Civil Veterinary Department Bihar & Orissa reports 1929-36 - 1929-1936
Year: 1929
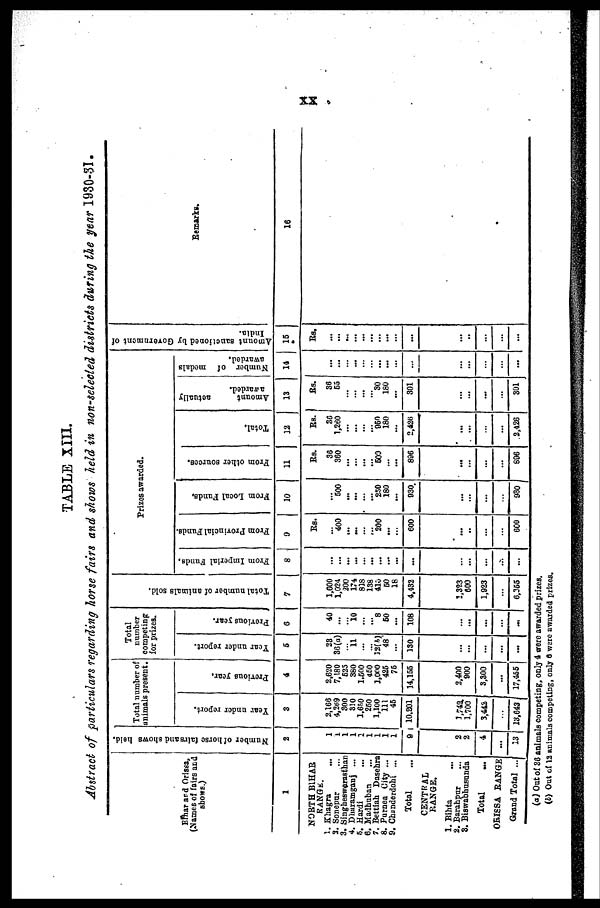
XX
TABLE XIII.
Abstract of particulars regarding horse fairs and shows held in non-selected districts during the year 1930-31.
Bihar and Orissa,
(Names of fairs and
shows.)
1
NORTH BIHAR
RANGE.
1. Khagra ...
2. Sonepur ...
3. Singheswerasthan
4. Dharamganj ...
5. Hardi ...
6. Madhuban ...
7. Bettiah Dasehra
8. Purnea City ...
9. Chunderdohi ...
Total
CENTRAL
RANGE.
1. Bihta ...
2. Barahpur ...
3. Biswabhusunda
Total ...
ORISSA RANGE
Grand Total ...
Nu mb e r of h o r s e fai rs and s h o ws hel d.
2
1
1
1
1
2
1
1
1
1
9
2
2
4
...
13
Total number of
animals present.
Year under report.
3
2,166
4,269
300
320
1,650
250
1,100
111
45
10,201
1,742
1,700
3,442
...
13,643
Previous year.
4
2,620
7,180
525
380
1,500
450
1,000
425
75
14,155
2,400
900
3,300
...
17,455
Total
number
competing
for prizes.
Year
under report.
5
23
36 (a)
...
11
...
...
12(b)
48
...
130
...
...
...
...
...
Previous year.
6
40
...
...
10
...
...
8
50
...
108
...
...
...
...
...
Total number of animals sold.
7
1,600
1,024
200
174
818
138
410
50
18
4,432
1,323
600
1,923
...
6,355
Prizes awarded.
From Imperial Funds,
8
...
...
...
...
...
...
...
...
...
...
...
...
...
...
...
From Provincial Funds.
9
Rs.
...
400
...
...
...
...
200
...
...
600
...
...
...
...
600
From Local Funds,
10
...
500
...
...
...
...
250
180
...
930
...
...
...
...
930
From other sources.
11
Rs.
36
360
...
...
...
...
500
...
...
896
...
...
...
...
896
Total.
12
Rs.
36
1,260
...
...
...
...
950
180
...
2,426
...
...
...
...
2,426
Amount
actually
awarded.
13
Rs.
36
65
...
...
...
...
30
180
...
301
...
...
...
...
301
Number of medals
awarded.
14
...
...
...
...
...
...
...
...
...
...
...
...
...
...
...
Amo u n t s a n c t i o n e d by Go v e r
n me n t of
I ndi a.
15
Rs.
...
...
...
...
...
...
...
...
...
...
...
...
...
...
...
Remarks.
16
(a) Out of 36 animals competing, only 4 were awarded prizes.
(b) Out of 12 animals competing, only 6 were awarded prizes.